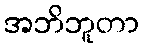
အဘိဘူတာ